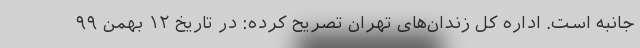
جانبه است. اداره کل زندان‌های تهران تصریح کرده: در تاریخ ۱۲ بهمن ۹۹